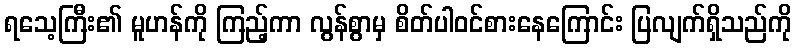
ရသေ့ကြီး၏ မူဟန်ကို ကြည့်ကာ လွန်စွာမှ စိတ်ပါဝင်စားနေကြောင်း ပြလျက်ရှိသည်ကို